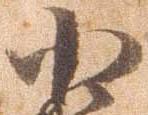
小